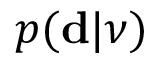
p ( \ensuremath { \mathbf d } | \ensuremath { \boldsymbol \nu } )